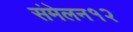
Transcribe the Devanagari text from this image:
संमेलन१२